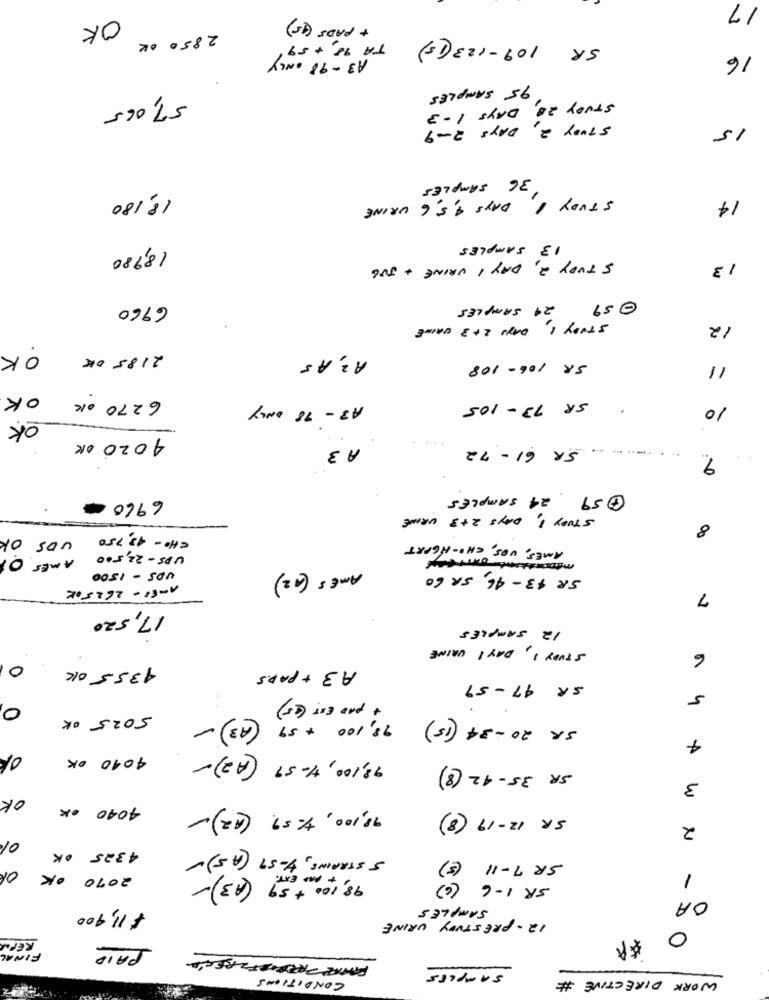
17
2850 OK OK
+ PADS (15)
SR 109- 123 ( 5 )
TA 90, + 59
A3-98 ONLY
16
95 SAMPLES
57,065
STUDY 28, DAYS 1-3
STUDY 2, DAYS 2-9
15
36 SAMPLES
18,180
14
STUDY 1 DAYS 4, 5, 6 URINE
SAMPLES
3
18,980
STUDY 2, DAY 1 URINE + JUG
13
6960
24 SAMPLES
@ 59
STUDY 1, DAN 2+3 URINE
12
OK
2185 OK
AZ AS
SR 106- 108
1
6270 ok OK
A3- 78 ONLY
SR 73-105
10
OK
4020 OK
A 3
SR 61- 72
---- -
9
69600
7 59 24 SAMPLES
STUDY :, DAYS 2 +3 URINE
8
CHO - 43, 750 UDS OK
AMES, VOS, CHO-NGPRT
AMES O
UPS-22,500
UPS - 1500
AMES (12)
SR 43- 46, SR 60
A-ES- 2625 OK
7
17,520
12 SAMPLES
STUDY ), DAY ! URINE
6
0
4355 OK
A3+ PADS
SR 47- 59
+ PAD EXT (25)
5
0
5025 OK
93,100 +59 (43)-
SR 20-34 (15 )
4
01
4010 OK
93,100, 47-59 (A2)-
SR 35-42 (8)
3
OK
4040 OK
98,100, 57 (42)-
SR 12- 19 (8)
2
0%
4325 OK
5 STRAINS, 4-57 (AS)-
SR 7-11 (5)
OK
2070 OK
+ AND EXT !
98,100 + 59 (43)-
1
SR 1-6 ( 6 )
SAMPLES
OA
$ 11,400
12- PRESTURY URINE
0
REPM
PAID
FINAL
samples
CONDITIONS
WORK DIRECTIVE #